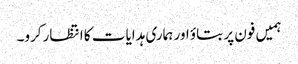
ہمیں فون پر بتاؤ اور ہماری ہدایات کا انتظارکرو۔